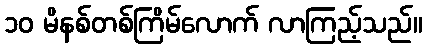
၁၀ မိနစ်တစ်ကြိမ်လောက် လာကြည့်သည်။